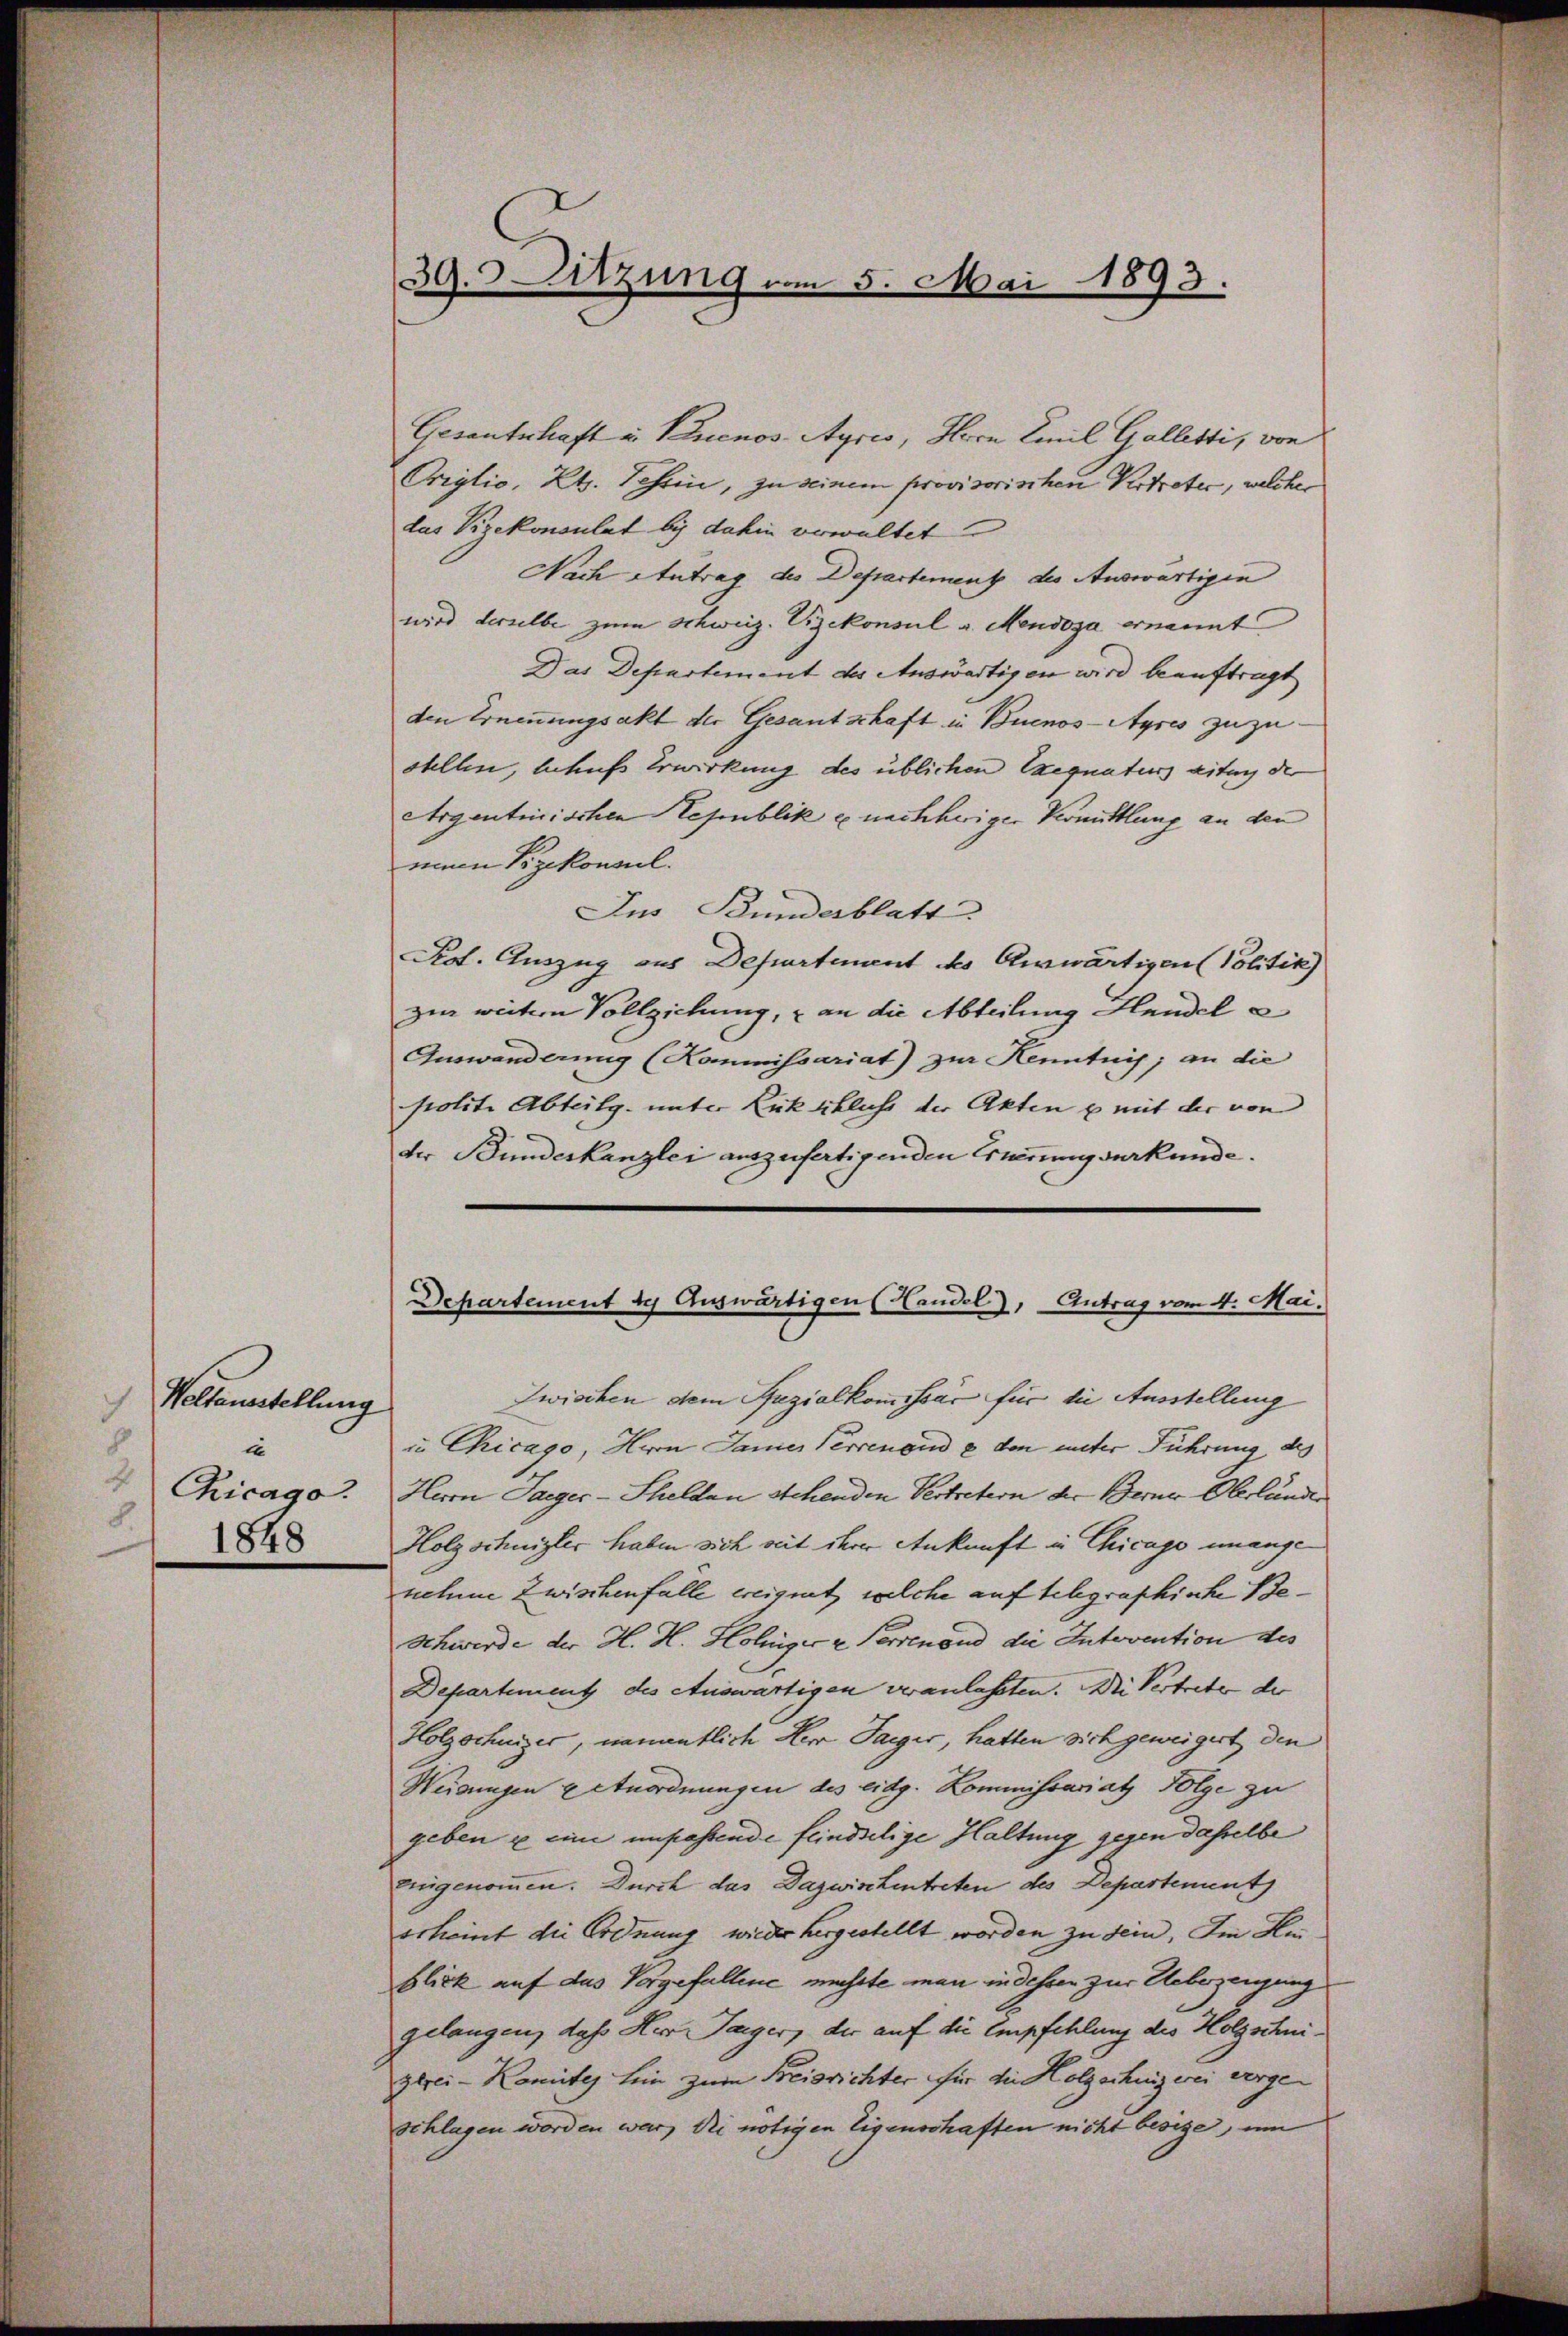
Weltanstellung
te
Chicago
8
1848

Gesanterhaft u. Buenos-Ayres, Herrn Emil Galletti, von
Origlio, Kts. Schein, zu seinem provisorischen Vertreter, welcher
lus Vizekonsulat bis dahin verwaltet
Nach Antrag des Departement des Auswärtigen
wird derselbe zum Schweiz. Vizekonsul a. Mendoza ernannt
Das Departement der Auswärtigen wird beauftragt
den Ernennungsakt der Gesantschaft in Buenos-Ayres zuzustellen, behufs Erwirkung des üblichen Exequaturs eitung de
Argentinischen Republik u. nachheriger Vermittlung an den
minen Vizekonsul
Ius Stundesblatt
Kot. Auszug aus Departement des Auswärtigen Politik)
zur weitern Vollziehung, & an die Abteilung Handel a
Auswanderung (Kommissariat) zur Kenntnis, an die
polite Abteilg. unter Rückschluß der Akten u mit der von
der Bundeskanzlei auszufertigenden Erwerungsurkunde.

39. Sitzung vom 5. Mai 1893.

Departement de Auswärtigen (Handel, Antrag vom 4. Mai.

Zwischen dem Spezialkommissär für die Ausstellung
u. Chicago, Herrn James Verrenoud & den unter Führung des
Herrn Saeger-Schelden Schenden Vertretern der Berner Oberlander
Holzschnizler haben sich seit ihrer Ankunft in Chicage unangenehme zwischenfalle ereignet, welche auf Schgraphische Be¬
Schwerde der H. H. Holzer z Perrenand die Intervention des
Departement des Auswärtigen veranlassten. Die Vertrete der
Holzschniger, namentlich Herr Parger, hatten sich geweigert, den
Neigungen u Anordnungen des eidg. Kommissariat Folge zu
geben u eine unpassende feindselige Haltung gegen dasselbe
einigenommen. Durch das Dazwischentreten des Departement
scheint die Ordnung wieder hergestellt worden zu sein. Im Hinblick auf das Vorgefallene müsste man in dessen zur Ueberzeigung
gelangen, daß Her Tager, der auf die Empfehlung des Holzschni¬
Glrei-Komites hin zum Freisrichter für die Holzschunzwei vergeschlagen worden war, die nötigen Eigenschaften nicht besitze, im